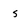
Character: s